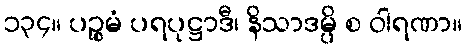
၁၃၄။ ပဉ္စမံ ပရပုဋ္ဌာဒီ၊ နိသာဒမ္ပိ စ ဝါရဏာ။